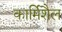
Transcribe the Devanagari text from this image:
कार्मिशैल